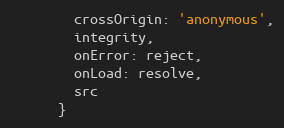
Language: JavaScript
        crossOrigin: 'anonymous',
        integrity,
        onError: reject,
        onLoad: resolve,
        src
      }